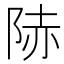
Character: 𨹮